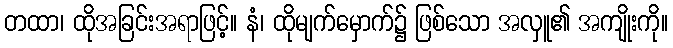
တထာ၊ ထိုအခြင်းအရာဖြင့်။ နံ၊ ထိုမျက်မှောက်၌ ဖြစ်သော အလှူ၏ အကျိုးကို။